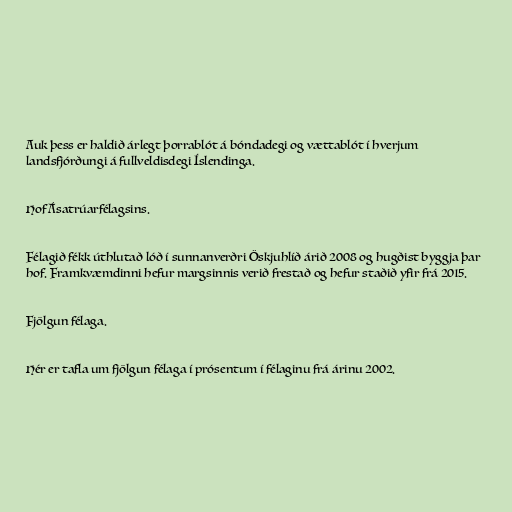
Auk þess er haldið árlegt þorrablót á bóndadegi og vættablót í hverjum
landsfjórðungi á fullveldisdegi Íslendinga.

Hof Ásatrúarfélagsins.

Félagið fékk úthlutað lóð í sunnanverðri Öskjuhlíð árið 2008 og hugðist byggja þar
hof. Framkvæmdinni hefur margsinnis verið frestað og hefur staðið yfir frá 2015.

Fjölgun félaga.

Hér er tafla um fjölgun félaga í prósentum í félaginu frá árinu 2002.